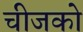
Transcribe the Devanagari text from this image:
चीजको